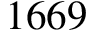
1 6 6 9